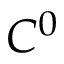
C ^ { 0 }